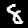
Label: 8